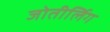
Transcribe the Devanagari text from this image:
जोतीर्लिग